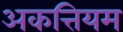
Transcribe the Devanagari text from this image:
अकत्तियम